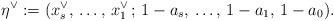
LaTeX: \begin{align*} \eta^{\vee}:= (x_{s}^{\vee},\,\dots,\,x_{1}^{\vee}\,;\,1-a_{s},\,\dots,\,1-a_{1},\,1-a_{0}).\end{align*}